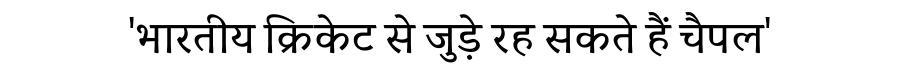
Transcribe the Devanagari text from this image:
'भारतीय क्रिकेट से जुड़े रह सकते हैं चैपल'